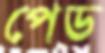
পেড